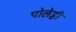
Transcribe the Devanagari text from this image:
पोलेट्टी